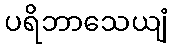
ပရိဘာသေယျံ